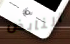
النابض